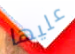
عليها